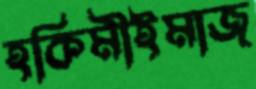
হকিমীইমাজ